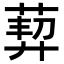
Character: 𦳴